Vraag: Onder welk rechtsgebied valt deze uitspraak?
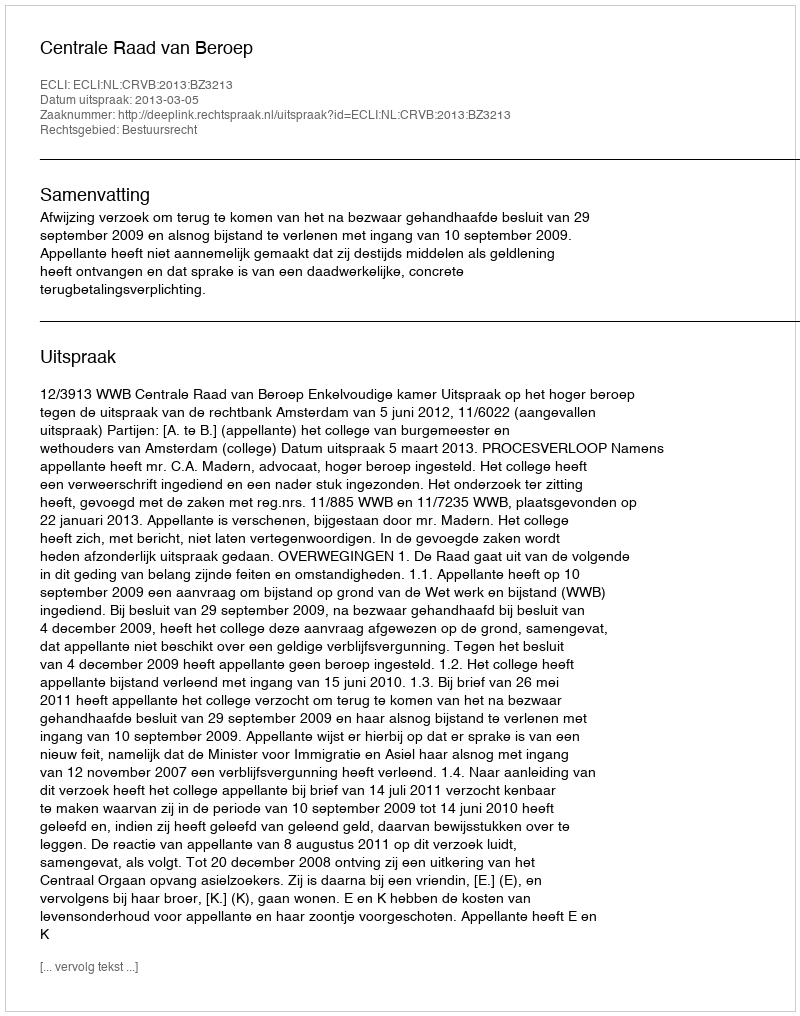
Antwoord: Bestuursrecht